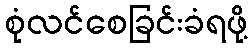
စုံလင်စေခြင်းခံရဖို့